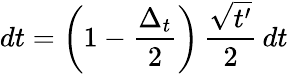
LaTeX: dt=\left(1-\frac{\Delta_{t}}{2}\right)\, \frac{\sqrt{t^{\prime}}}{2}\, dt